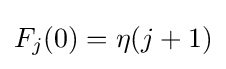
F_{j}(0)=\eta (j+1)